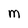
Character: m